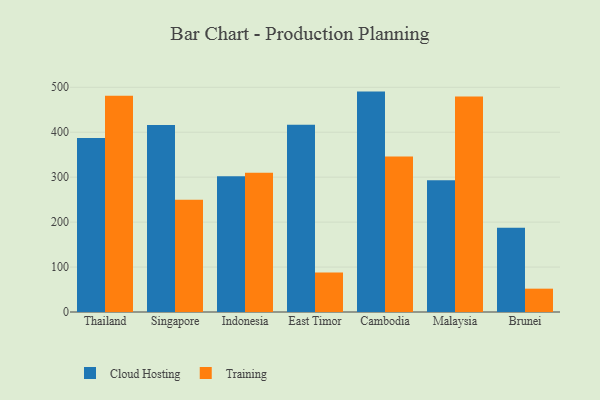
{"axis": {"x": "Country", "y": "Market Share (%)"}, "legend": ["Cloud Hosting", "Training"], "data": [{"x": "Thailand", "y": 386.9, "type": "Cloud Hosting"}, {"x": "Thailand", "y": 481.2, "type": "Training"}, {"x": "Singapore", "y": 416.2, "type": "Cloud Hosting"}, {"x": "Singapore", "y": 249.6, "type": "Training"}, {"x": "Indonesia", "y": 302.1, "type": "Cloud Hosting"}, {"x": "Indonesia", "y": 309.9, "type": "Training"}, {"x": "East Timor", "y": 416.8, "type": "Cloud Hosting"}, {"x": "East Timor", "y": 88.0, "type": "Training"}, {"x": "Cambodia", "y": 490.4, "type": "Cloud Hosting"}, {"x": "Cambodia", "y": 345.8, "type": "Training"}, {"x": "Malaysia", "y": 293.2, "type": "Cloud Hosting"}, {"x": "Malaysia", "y": 479.6, "type": "Training"}, {"x": "Brunei", "y": 187.2, "type": "Cloud Hosting"}, {"x": "Brunei", "y": 51.9, "type": "Training"}]}